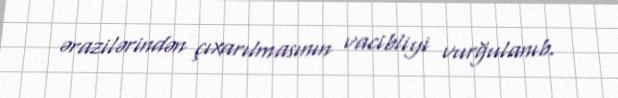
ərazilərindən çıxarılmasının vacibliyi vurğulanıb.